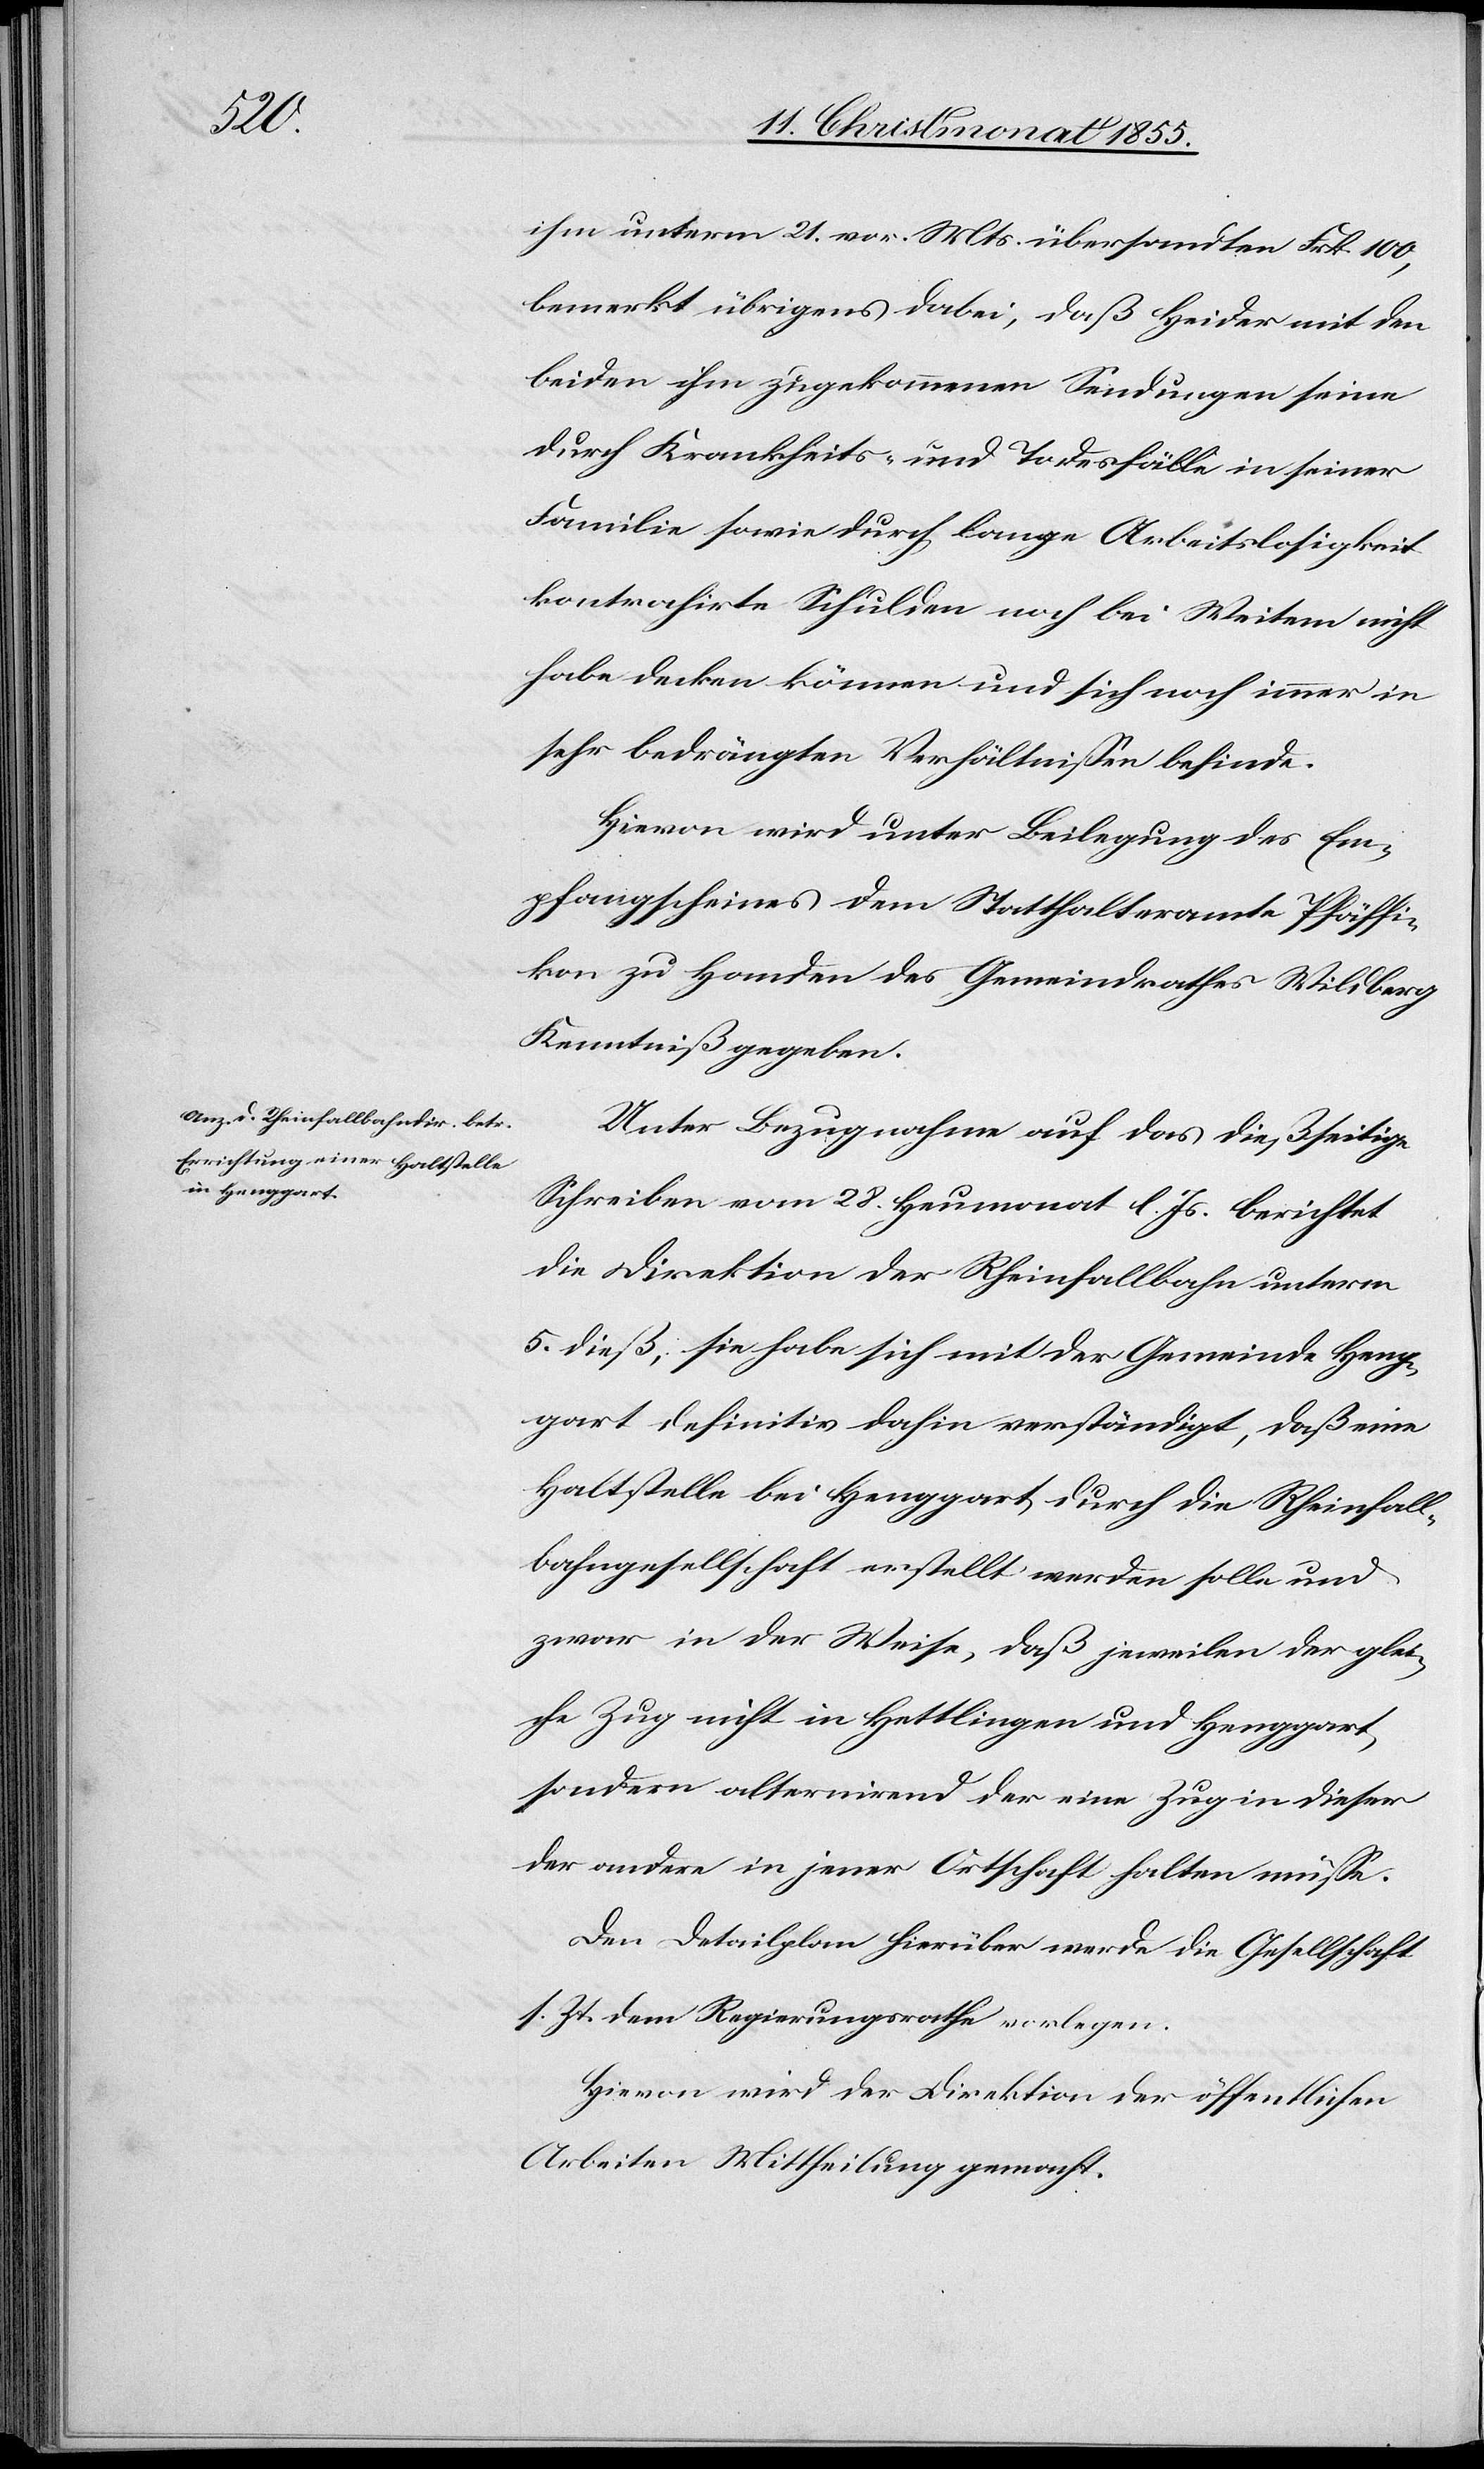
ihm unterm 21. vor. Mts. übersandten Frk. 100,
bemerkt übrigens dabei, daß Heider mit den
beiden ihm zugekommenen Sendungen seine
durch Krankheits- und Todesfälle in seiner
Familie sowie durch lange Arbeitslosigkeit
kontrahirte[n] Schulden noch bei Weitem nicht
habe decken können und sich noch immer in
sehr bedrängten Verhältnissen befinde.
Hievon wird unter Beilegung des Em¬
pfangscheines dem Statthalteramte Pfäffi¬
kon zu Handen des Gemeindrathes Wildberg
Kenntniß gegeben.
Unter Bezugnahme auf das dießseitige
Schreiben vom 28. Heumonat l. Js. berichtet
die Direktion der Rheinfallbahn unterm
5. dieß, sie habe sich mit der Gemeinde Heng¬
gart definitiv dahin verständigt, daß eine
Haltstelle bei Henggart durch die Rheinfall¬
bahngesellschaft erstellt werden solle und
zwar in der Weise, daß jeweilen der glei¬
che Zug nicht in Hettlingen und Henggart,
sondern alternirend der eine Zug in dieser
der andere in jener Ortschaft halten müsse.
Den Detailplan hierüber werde die Gesellschaft
s. Zt. dem Regierungsrathe vorlegen.
Hievon wird der Direktion der öffentlichen
Arbeiten Mittheilung gemacht.